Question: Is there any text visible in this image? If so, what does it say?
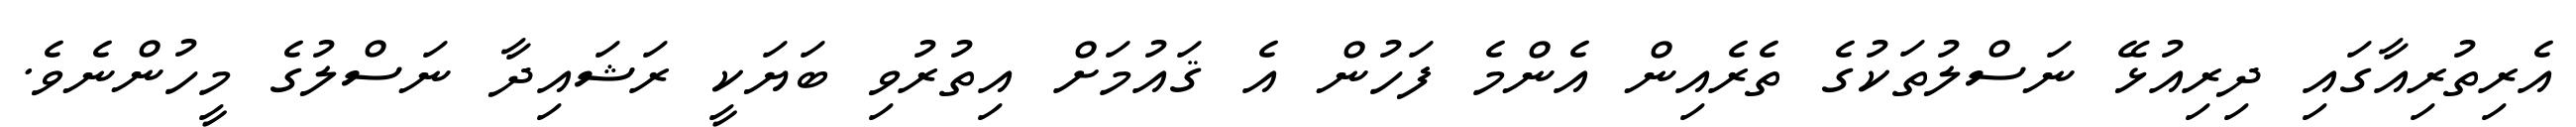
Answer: އެރިތުރިއާގައި ދިރިއުޅޭ ނަސްލުތަކުގެ ތެރެއިން އެންމެ ފަހުން އެ ޤައުމަށް އިތުރުވި ބަޔަކީ ރަޝައިދާ ނަސްލުގެ މީހުންނެވެ.